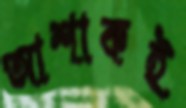
আশাকই